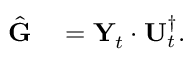
\begin{array} { r l } { \hat { \bf G } } & { { } = { \bf Y } _ { t } \cdot { \bf U } _ { t } ^ { \dagger } . } \end{array}